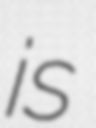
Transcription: is